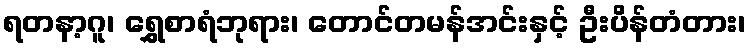
ရတနာ့ဂူ၊ ရွှေစာရံဘုရား၊ တောင်တမန်အင်းနှင့် ဦးပိန်တံတား၊